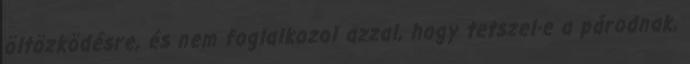
öltözködésre, és nem foglalkozol azzal, hogy tetszel-e a párodnak,